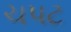
ચપટ